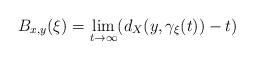
\begin{align*} B_{x,y}(\xi)=\lim_{t\rightarrow \infty}(d_X(y,\gamma_\xi(t))-t)\end{align*}